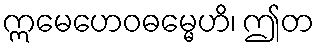
ဣမေဟေဝဓမ္မေဟိ၊ ဤတ